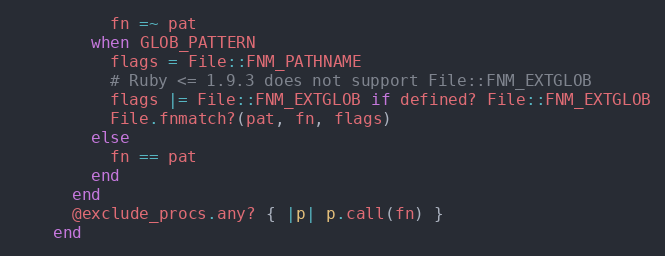
Language: Ruby
          fn =~ pat
        when GLOB_PATTERN
          flags = File::FNM_PATHNAME
          # Ruby <= 1.9.3 does not support File::FNM_EXTGLOB
          flags |= File::FNM_EXTGLOB if defined? File::FNM_EXTGLOB
          File.fnmatch?(pat, fn, flags)
        else
          fn == pat
        end
      end
      @exclude_procs.any? { |p| p.call(fn) }
    end